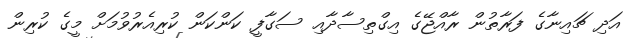
އަދި ޗައިނާގެ ފަރާތުން ރާއްޖޭގެ އިގްތިސާދާއި ސަގާފީ ކަންކަން ކުރިއެރުވުމަށް މީގެ ކުރިން